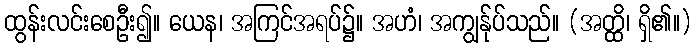
ထွန်းလင်းစေဦး၍။ ယေန၊ အကြင်အရပ်၌။ အဟံ၊ အကျွန်ုပ်သည်။ (အတ္ထိ၊ ရှိ၏။)